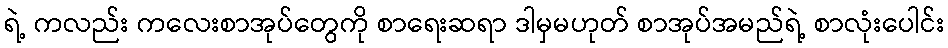
ရဲ့ ကလည်း ကလေးစာအုပ်တွေကို စာရေးဆရာ ဒါမှမဟုတ် စာအုပ်အမည်ရဲ့ စာလုံးပေါင်း